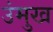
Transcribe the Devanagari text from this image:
उंमुख